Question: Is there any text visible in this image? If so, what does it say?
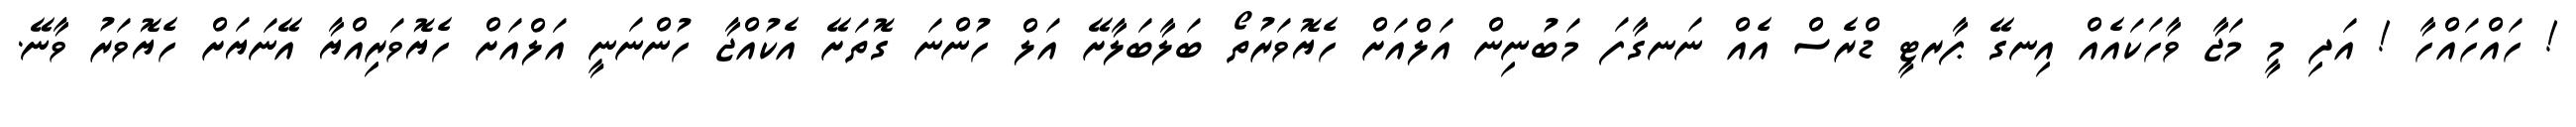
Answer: ! ހައްހައްހާ ! އަދި މީ މަޖާ ވާހަކައެއް އިނގޭ ޕާރޓީ ޑްރެސް އެއް ނަނގާފަ މަބުނިން އަލްއަށް ހެޔޮވަރުތޯ ބަލާބަލާށޭ އަލް ހުންނަ ގޮތަށޭ އެކުއްޖާ ހުންނަނީ އަލްއަށް ހެޔޮވަރިއްޔާ އޭނަޔަށް ހެޔޮވަރު ވާނޭ.